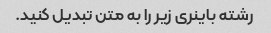
رشته باینری زیر را به متن تبدیل کنید.